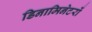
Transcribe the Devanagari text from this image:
डिनामिनेटरों